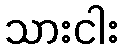
သားငါး